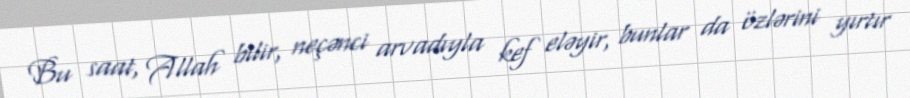
Bu saat, Allah bilir, neçənci arvadıyla kef eləyir, bunlar da özlərini yırtır